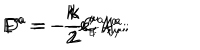
E ^ { a } = - \frac { k } { 2 } e _ { \scriptscriptstyle E } ^ { \mu } A _ { \mu } ^ { a } ; \hspace { 2 m m } F ^ { a } = - \frac { k } { 2 } e _ { \scriptscriptstyle F } ^ { \mu } A _ { \mu } ^ { a } ; \hspace { 2 m m } D ^ { a } = - \frac { k } { 2 } C ^ { a } ,